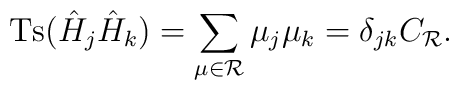
\mbox{Ts}(\hat{H}_j\hat{H}_k)=\sum_{\mu\in{\cal R}}\mu_j\mu_k=\delta_{jk}C_{\cal R}.